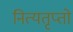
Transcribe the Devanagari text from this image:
नित्यतृप्तो